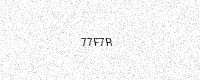
Text: 77F7R